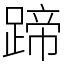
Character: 蹄